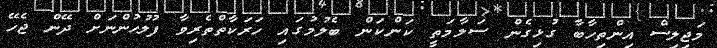
މަޖިލިސް އިންތިހާބާ ގުޅިގެން ސަލާމަތީ ކަންކަން ބެލުމުގައި ހަރަކާތްތެރިވާ ފުލުހުންނަށް ދޭން ޖެހޭ